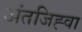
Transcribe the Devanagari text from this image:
अंतजिह्वा